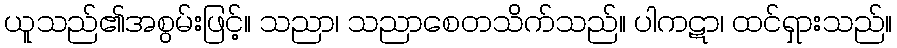
ယူသည်၏အစွမ်းဖြင့်။ သညာ၊ သညာစေတသိက်သည်။ ပါကဋာ၊ ထင်ရှားသည်။